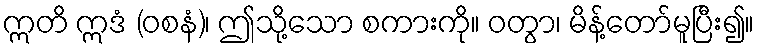
ဣတိ ဣဒံ (ဝစနံ)၊ ဤသို့သော စကားကို။ ဝတွာ၊ မိန့်တော်မူပြီး၍။